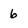
Character: 6